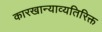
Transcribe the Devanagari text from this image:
कारखान्याव्यतिरिक्त